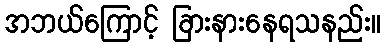
အဘယ်ကြောင့် ခြားနားနေရသနည်း။